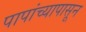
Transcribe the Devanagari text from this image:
पापांच्यापासून